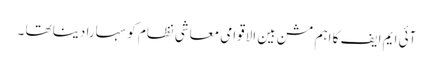
آئی ایم ایف کا اہم مشن بین الاقوامی معاشی نظام کو سہارا دینا تھا ۔